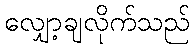
လျှော့ချလိုက်သည်